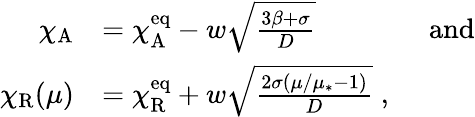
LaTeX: \begin{array}{rl}{\chi_{\mathrm{A}}}&{=\chi_{\mathrm{A}}^{\mathrm{eq}}-w\sqrt{\frac{3\beta+\sigma}{D}}\qquad\qquad\mathrm{and}}\\ {\chi_{\mathrm{R}}(\mu)}&{=\chi_{\mathrm{R}}^{\mathrm{eq}}+w\sqrt{\frac{2\sigma(\mu/\mu_{*}-1)}{D}}\; ,}\end{array}